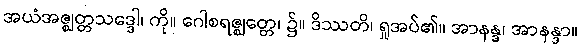
အယံအဇ္ဈတ္တသဒ္ဒေါ၊ ကို။ ဂေါစရဇ္ဈတ္တေ၊ ၌။ ဒိဿတိ၊ ရှုအပ်၏။ အာနန္ဒ၊ အာနန္ဒာ။